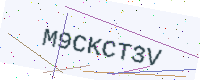
Text: M9CKCT3V